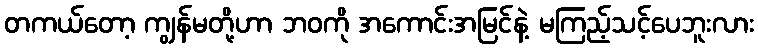
တကယ်တော့ ကျွန်မတို့ဟာ ဘဝကို အကောင်းအမြင်နဲ့ မကြည့်သင့်ပေဘူးလား